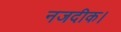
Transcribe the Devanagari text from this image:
नजदीक।